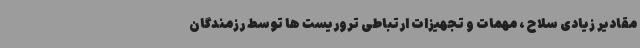
مقادیر زیادی سلاح ، مهمات و تجهیزات ارتباطی تروریست ها توسط رزمندگان